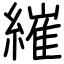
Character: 繀